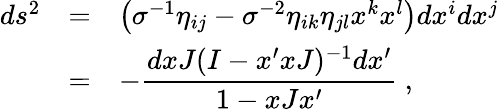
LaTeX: \begin{array}{rcl}{{ds^{2}}}&{{=}}&{{\left(\sigma^{-1}\eta_{ij}-\sigma^{-2}\eta_{ik}\eta_{jl}x^{k}x^{l}\right)dx^{i}dx^{j}}}\\ {{}}&{{=}}&{{-\displaystyle\frac{dxJ(I-x^{\prime}xJ)^{-1}dx^{\prime}}{1-xJx^{\prime}}~,}}\end{array}